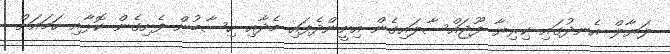
ލަޔާލް އެނދުގައި ކިރިޔާ ފޫޖައްސާލައިގެން އިށީންދެފައި މެދާއި ހިސާބުން ފެށިގެން ކޮޅާއި ހަމައަށް